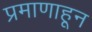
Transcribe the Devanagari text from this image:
प्रमाणाहून